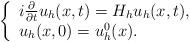
LaTeX: \begin{align*}\left\{ \begin{array}{l}i\frac{\partial}{\partial t}u_h(x,t) =H_h u_h(x,t),\\u_h(x,0)=u_h^0(x).\end{array} \right.\end{align*}